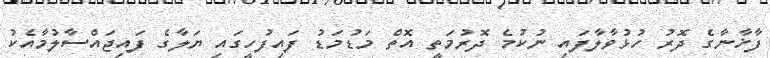
ފާޚާނާގެ ދޮރު ހުޅުވާލާފައި ނުކުމެ ދޮރުމަތީ އޮތް މަޑުމަޑު ފައިފުހީގައި ޔަލާގެ ފައިޖައްސާލުމާއެކު